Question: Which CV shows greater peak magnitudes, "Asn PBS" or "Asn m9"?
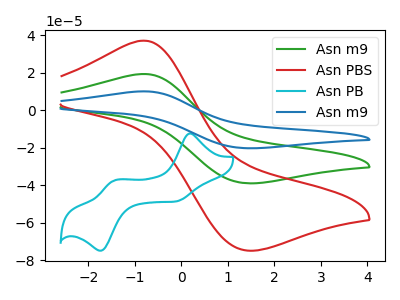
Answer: <think>The green curve "Asn m9" has an anodic peak at (-0.80V, 19.30uA) and a cathodic peak at (1.40V, -38.95uA). The red curve "Asn PBS" has an anodic peak at (-0.80V, 37.05uA) and a cathodic peak at (1.40V, -74.85uA). The cyan curve "Asn PB" has anodic peaks at (0.15V, -12.45uA) (-1.45V, -37.30uA) and cathodic peaks at (-0.15V, -48.70uA) (-1.75V, -74.90uA). The blue curve "Asn m9" has an anodic peak at (-0.80V, 38.60uA) and a cathodic peak at (1.40V, -77.90uA).</think>
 <answer>Every peak in "Asn PBS" is higher than every peak in "Asn m9".</answer>
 <eval>higher</eval>